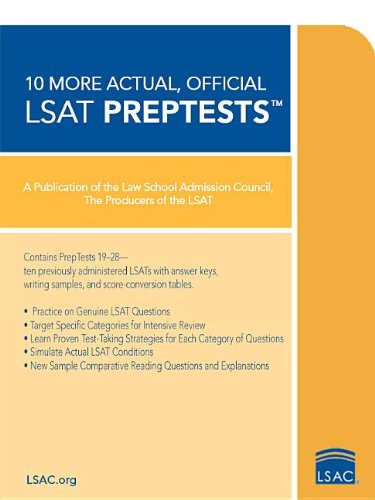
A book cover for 10 More, Actual Official LSAT PrepTests: (PrepTests 19 through 28) (Lsat Series); Law School Admission Council; Test Preparation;